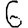
Digit: 6